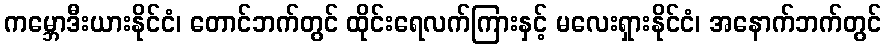
ကမ္ဘောဒီးယားနိုင်ငံ၊ တောင်ဘက်တွင် ထိုင်းရေလက်ကြားနှင့် မလေးရှားနိုင်ငံ၊ အနောက်ဘက်တွင်